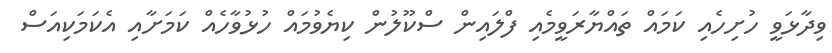
ވިދާޅަވީ ހުށިހެއި ކަމައް ތައްޔާރަވީމެއި ފްލައިން ސްކޫލުން ކިޔެވުމައް ހުޅުވާހެއް ކަމަށާއި އެކަމަކިއަސް